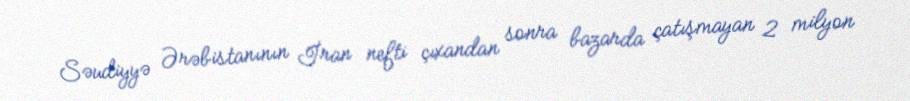
Səudiyyə Ərəbistanının İran nefti çıxandan sonra bazarda çatışmayan 2 milyon